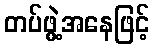
တပ်ဖွဲ့အနေဖြင့်